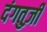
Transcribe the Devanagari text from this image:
दंगतुज़ी